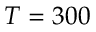
T = 3 0 0